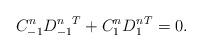
LaTeX: \begin{align*} C^n_{-1} {D^n_{-1}}^T + C^n_1 {D^n_{1}}^T=0.\end{align*}